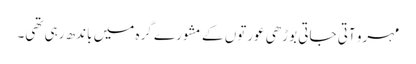
مہرو آتی جاتی بوڑھی عورتوں کے مشورے گرہ میں باندھ رہی تھی۔